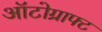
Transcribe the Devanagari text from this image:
ऑटोग्राफ्ट